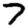
Digit: 7